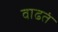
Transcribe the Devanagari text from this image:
वाढतं